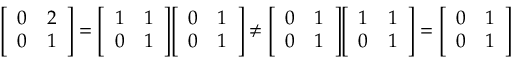
{ \left[ \begin{array} { l l } { 0 } & { 2 } \\ { 0 } & { 1 } \end{array} \right] } = { \left[ \begin{array} { l l } { 1 } & { 1 } \\ { 0 } & { 1 } \end{array} \right] } { \left[ \begin{array} { l l } { 0 } & { 1 } \\ { 0 } & { 1 } \end{array} \right] } \neq { \left[ \begin{array} { l l } { 0 } & { 1 } \\ { 0 } & { 1 } \end{array} \right] } { \left[ \begin{array} { l l } { 1 } & { 1 } \\ { 0 } & { 1 } \end{array} \right] } = { \left[ \begin{array} { l l } { 0 } & { 1 } \\ { 0 } & { 1 } \end{array} \right] }